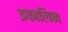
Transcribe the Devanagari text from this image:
इकालिन